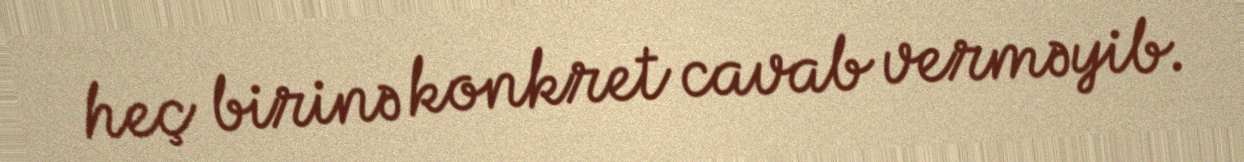
heç birinə konkret cavab verməyib.